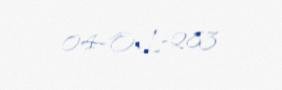
04-OL-283